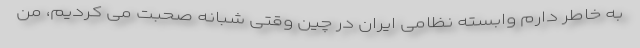
به خاطر دارم وابسته نظامی ایران در چین وقتی شبانه صحبت می کردیم، من